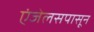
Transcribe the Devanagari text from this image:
एंजेलसपासून